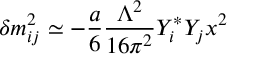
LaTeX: \delta m _ { i j } ^ { 2 } \simeq - \frac { a } { 6 } \frac { \Lambda ^ { 2 } } { 1 6 \pi ^ { 2 } } Y _ { i } ^ { * } Y _ { j } x ^ { 2 }